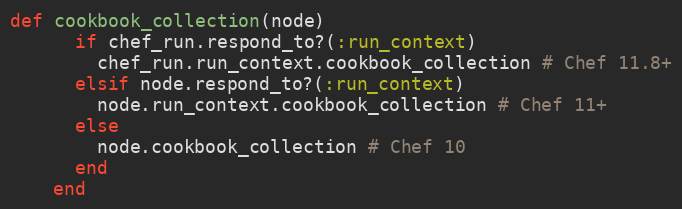
Language: Ruby
def cookbook_collection(node)
      if chef_run.respond_to?(:run_context)
        chef_run.run_context.cookbook_collection # Chef 11.8+
      elsif node.respond_to?(:run_context)
        node.run_context.cookbook_collection # Chef 11+
      else
        node.cookbook_collection # Chef 10
      end
    end